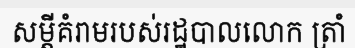
សម្តីគំរាមរបស់រដ្ឋបាលលោក ត្រាំ